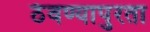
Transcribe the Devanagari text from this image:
ठेवण्यापुरता